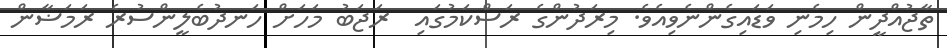
ތާޖުއްދީން ހިމެނި ވަޑައިގެންނެވިއެވެ. މިރަދުންގެ ރަސްކަމުގައި  ރަޖަބު މަހަށް ހަނދުބެލީންސުރެ ރަމަޟާން